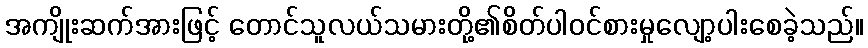
အကျိုးဆက်အားဖြင့် တောင်သူလယ်သမားတို့၏စိတ်ပါဝင်စားမှုလျော့ပါးစေခဲ့သည်။